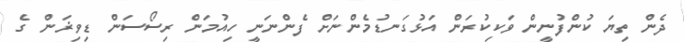
ދެން ތިޔަ ކުންފުނީން ވަކިކުރަން އަޅުގަނޑުމެންނަށް ފެންނަނީ ހިއުމަން ރިސޯސަން ޑިވިޜަން ގެ